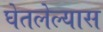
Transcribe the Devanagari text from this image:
घेतलेल्यास